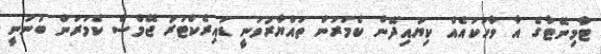
ޓާމިނޭޓާގެ އާ ވާހަކައެއް ކިޔައިދޭން ކެމަރަން ތައްޔާރުވަނީ ޑައިރެކްޓަރު ޖޭމްސް ކެމަރަން ބުނަނީ